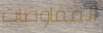
المفاوضات